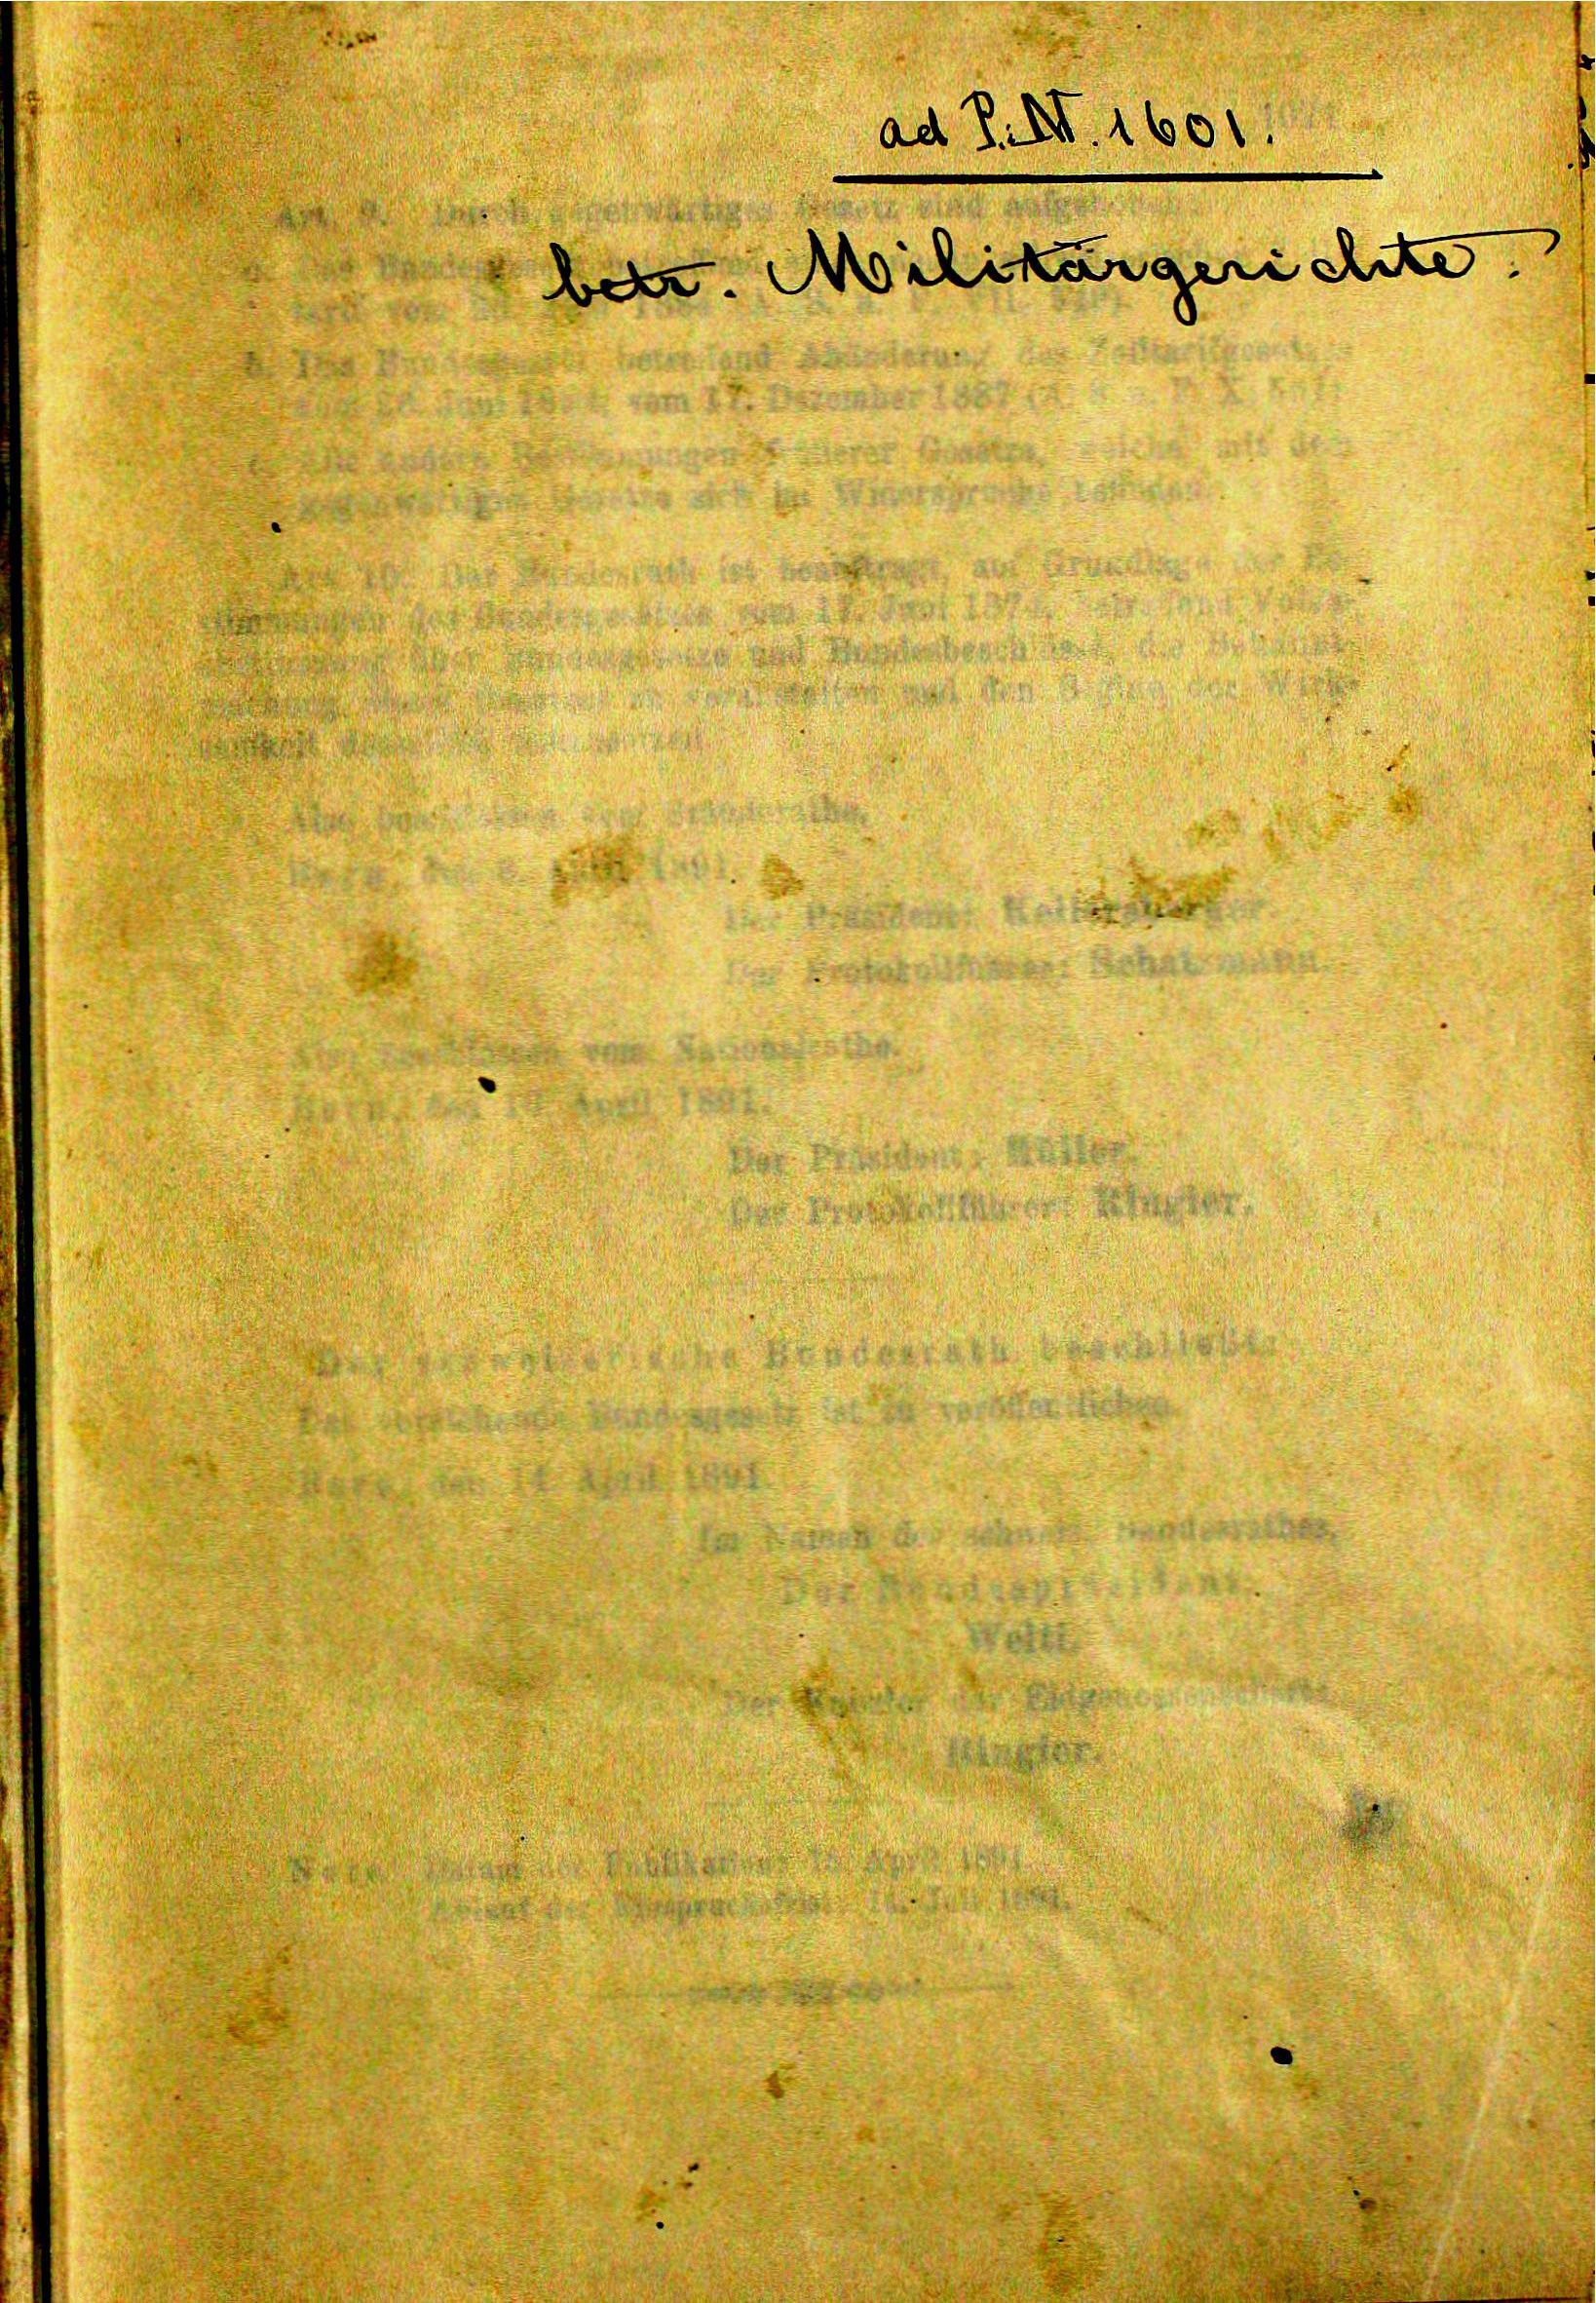
ad III 1601.
betr. Militärgerichte